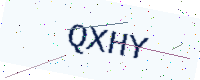
Text: QXHY